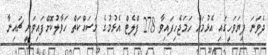
ދެވަނަ ފިޔަވަހީގައި އެޅުމަށް ހަމަޖެހިފައިވާ 278 ފްލެޓް އެޅުމުގެ މަސައްކަތް ހަވާލުކޮށްފައިވަނީ ޗައިނާ